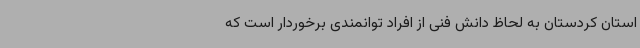
استان کردستان به لحاظ دانش فنی از افراد توانمندی برخوردار است که